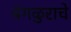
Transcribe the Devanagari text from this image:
बंगळुराचे